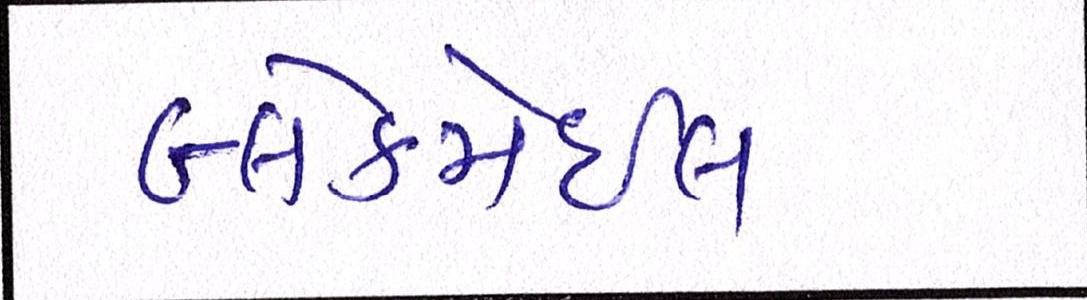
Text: બ્લેકમેઈલ